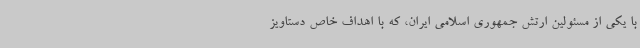
با یکی از مسئولین ارتش جمهوری اسلامی ایران، که با اهداف خاص دستاویز